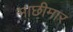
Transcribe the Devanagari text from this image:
माछीमार